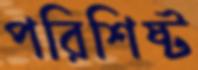
পরিশিষ্ট